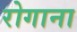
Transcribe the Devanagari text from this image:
रोगाना